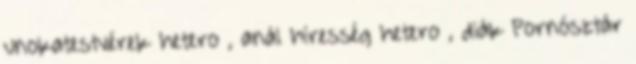
unokatestvérek hetero , anál híresség hetero , diák Pornósztár